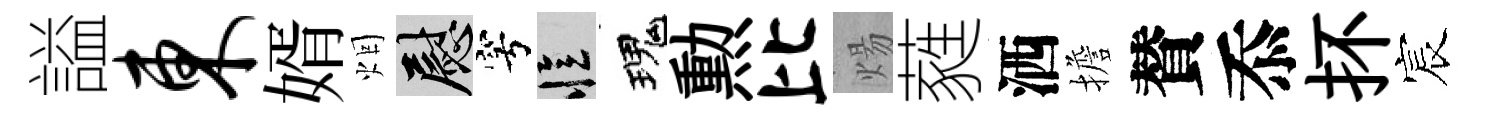
謚东婿烟慰穹忆瑰勲比煬蕤洒擔賛忝抔宸